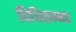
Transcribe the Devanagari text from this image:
विधिसम्‍मत